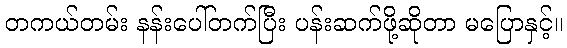
တကယ်တမ်း နန်းပေါ်တက်ပြီး ပန်းဆက်ဖို့ဆိုတာ မပြောနှင့်။